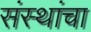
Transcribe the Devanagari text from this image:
संस्‍थांचा